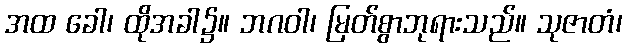
အထ ခေါ၊ ထိုအခါ၌။ ဘဂဝါ၊ မြတ်စွာဘုရားသည်။ သုဇာတံ၊